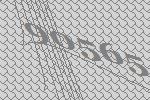
90565